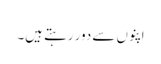
اپنوں سے دور رہتے ہیں۔